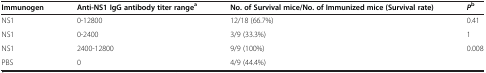
| Immunogen | Anti-NS1 IgG antibody titer rangea | No. of Survival mice/No. of Immunized mice (Survival rate) | Pb |
 | --- | --- | --- | --- |
 | NS1 | 0-12800 | 12/18 (66.7%) | 0.41 |
 | NS1 | 0-2400 | 3/9 (33.3%) | 1 |
 | NS1 | 2400-12800 | 9/9 (100%) | 0.008 |
 | PBS | 0 | 4/9 (44.4%) |  |